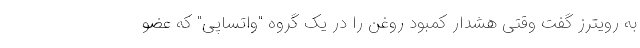
به رویترز گفت وقتی هشدار کمبود روغن را در یک گروه "واتساپی" که عضو